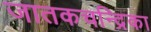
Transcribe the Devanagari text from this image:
जातकचन्द्रिका